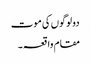
دولوگوں کی موت
مقام واقعہ ۔